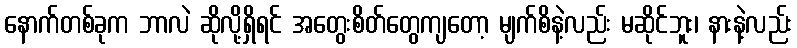
နောက်တစ်ခုက ဘာလဲ ဆိုလို့ရှိရင် အတွေးစိတ်တွေကျတော့ မျက်စိနဲ့လည်း မဆိုင်ဘူး၊ နားနဲ့လည်း